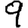
Digit: 9